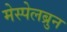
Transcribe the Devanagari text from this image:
मेस्पेलब्रुन